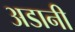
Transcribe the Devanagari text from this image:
अडानी